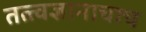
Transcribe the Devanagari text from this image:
तत्त्वज्ञानाचाच